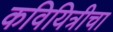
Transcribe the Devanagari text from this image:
कवियित्रीचा